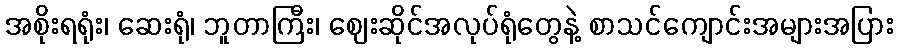
အစိုးရရုံး၊ ဆေးရုံ၊ ဘူတာကြီး၊ ဈေးဆိုင်အလုပ်ရုံတွေနဲ့ စာသင်ကျောင်းအများအပြား